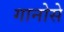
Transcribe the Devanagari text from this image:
गानोसे